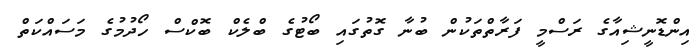
އިންޑޮނީޝިއާގެ ރަސްމީ ފަރާތްތަކުން ބުނާ ގޮތުގައި ބޯޓުގެ ބްލެކް ބޮކްސް ހޯދުމުގެ މަސައްކަތް